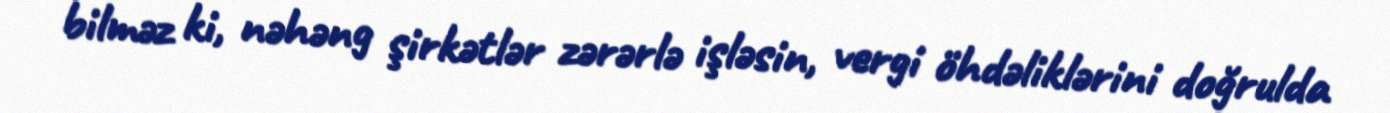
bilməz ki, nəhəng şirkətlər zərərlə işləsin, vergi öhdəliklərini doğrulda